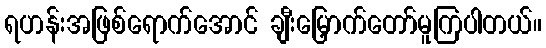
ရဟန်းအဖြစ်ရောက်အောင် ချီးမြှောက်တော်မူကြပါတယ်။